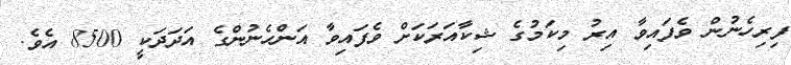
ފިރިހެނުން ވެފައިވާ އިރު މިކަމުގެ ޝިކާއަރަކަށް ވެފައިވާ އަންހެނުންގެ އަދަދަކީ 8500 އެވެ.